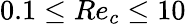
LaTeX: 0.1\leq Re_{c}\leq 10